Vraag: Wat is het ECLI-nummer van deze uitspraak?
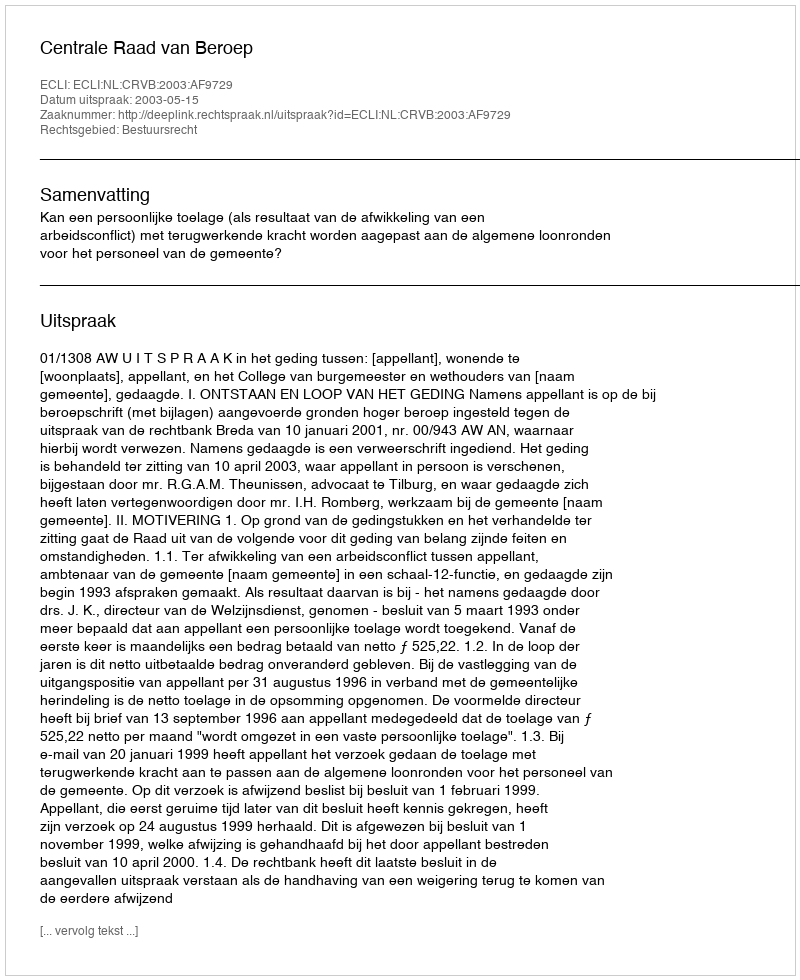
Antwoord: ECLI:NL:CRVB:2003:AF9729